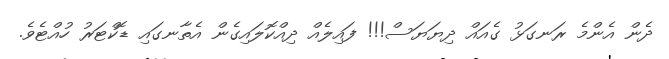
ދެން އެންމެ ރަނގަޅު ގެއައް ދިޔަޔަސް!!! ފައިލެއް ދިއްކޮލައިގެން އެތާނގައި ޑޮކްޓަރު ހުއްޓެވެ.